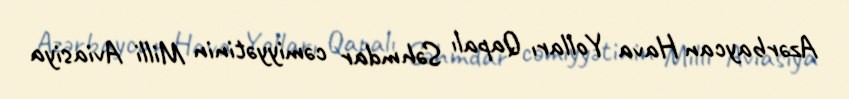
Azərbaycan Hava Yolları Qapalı Səhmdar cəmiyyətinin Milli Aviasiya